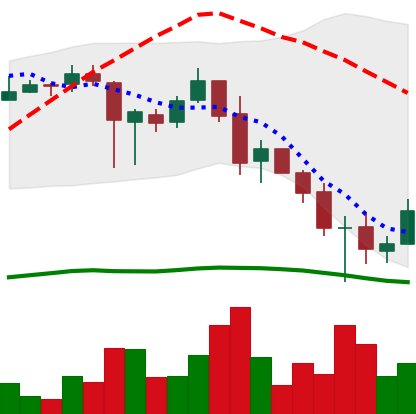
Ticker: XRP-USD
Chart end date: 2018-11-28
Forward return: -10.703%
Label: down_7plus